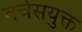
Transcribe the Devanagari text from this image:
वर्चसयुक्त